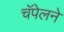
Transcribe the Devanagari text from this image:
चॅपेलने